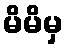
မိမိမှ